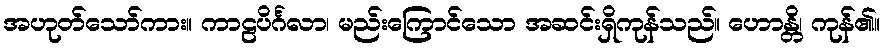
အဟုတ်သော်ကား။ ကာဠပိင်္ဂလာ၊ မည်းကြောင်သော အဆင်းရှိကုန်သည်။ ဟောန္တိ၊ ကုန်၏။